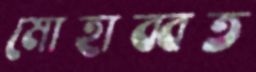
মোহাব্বত